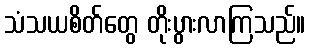
သံသယစိတ်တွေ တိုးပွားလာကြသည်။